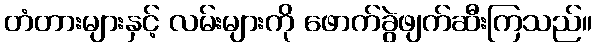
တံတားများနှင့် လမ်းများကို ဖောက်ခွဲဖျက်ဆီးကြသည်။